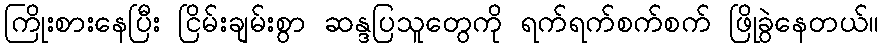
ကြိုးစားနေပြီး ငြိမ်းချမ်းစွာ ဆန္ဒပြသူတွေကို ရက်ရက်စက်စက် ဖြိုခွဲနေတယ်။